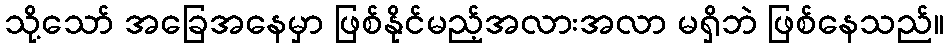
သို့သော် အခြေအနေမှာ ဖြစ်နိုင်မည့်အလားအလာ မရှိဘဲ ဖြစ်နေသည်။